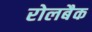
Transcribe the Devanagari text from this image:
रोलबैक